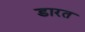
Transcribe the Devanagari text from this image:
डारत